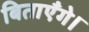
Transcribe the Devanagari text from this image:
बिताएँगे।